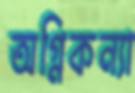
অগ্নিকন্যা